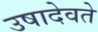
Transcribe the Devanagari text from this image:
उषादेवते